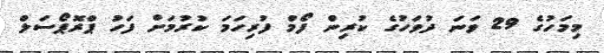
މިމަހުގެ 29 ވަނަ ދުވަހުގެ ކުރިން ފޯމް ފުރިހަމަ ކުރުމަށް ފަހު ޕްރޮޕޯސަލް